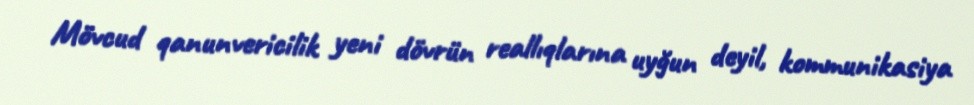
Mövcud qanunvericilik yeni dövrün reallıqlarına uyğun deyil, kommunikasiya